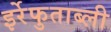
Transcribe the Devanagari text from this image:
इर्रेफुताब्ली